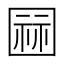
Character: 𭍫